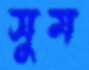
সুম